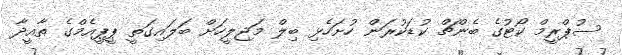
ސުޕްރީމް ކޯޓުގެ ބެންޗް ކުޑަކުރަން ހުށަހެޅި ބިލް މަޖިލީހަށް ބަލައިގަތީ ޕީޕީއެމްގެ ތާއީދާ